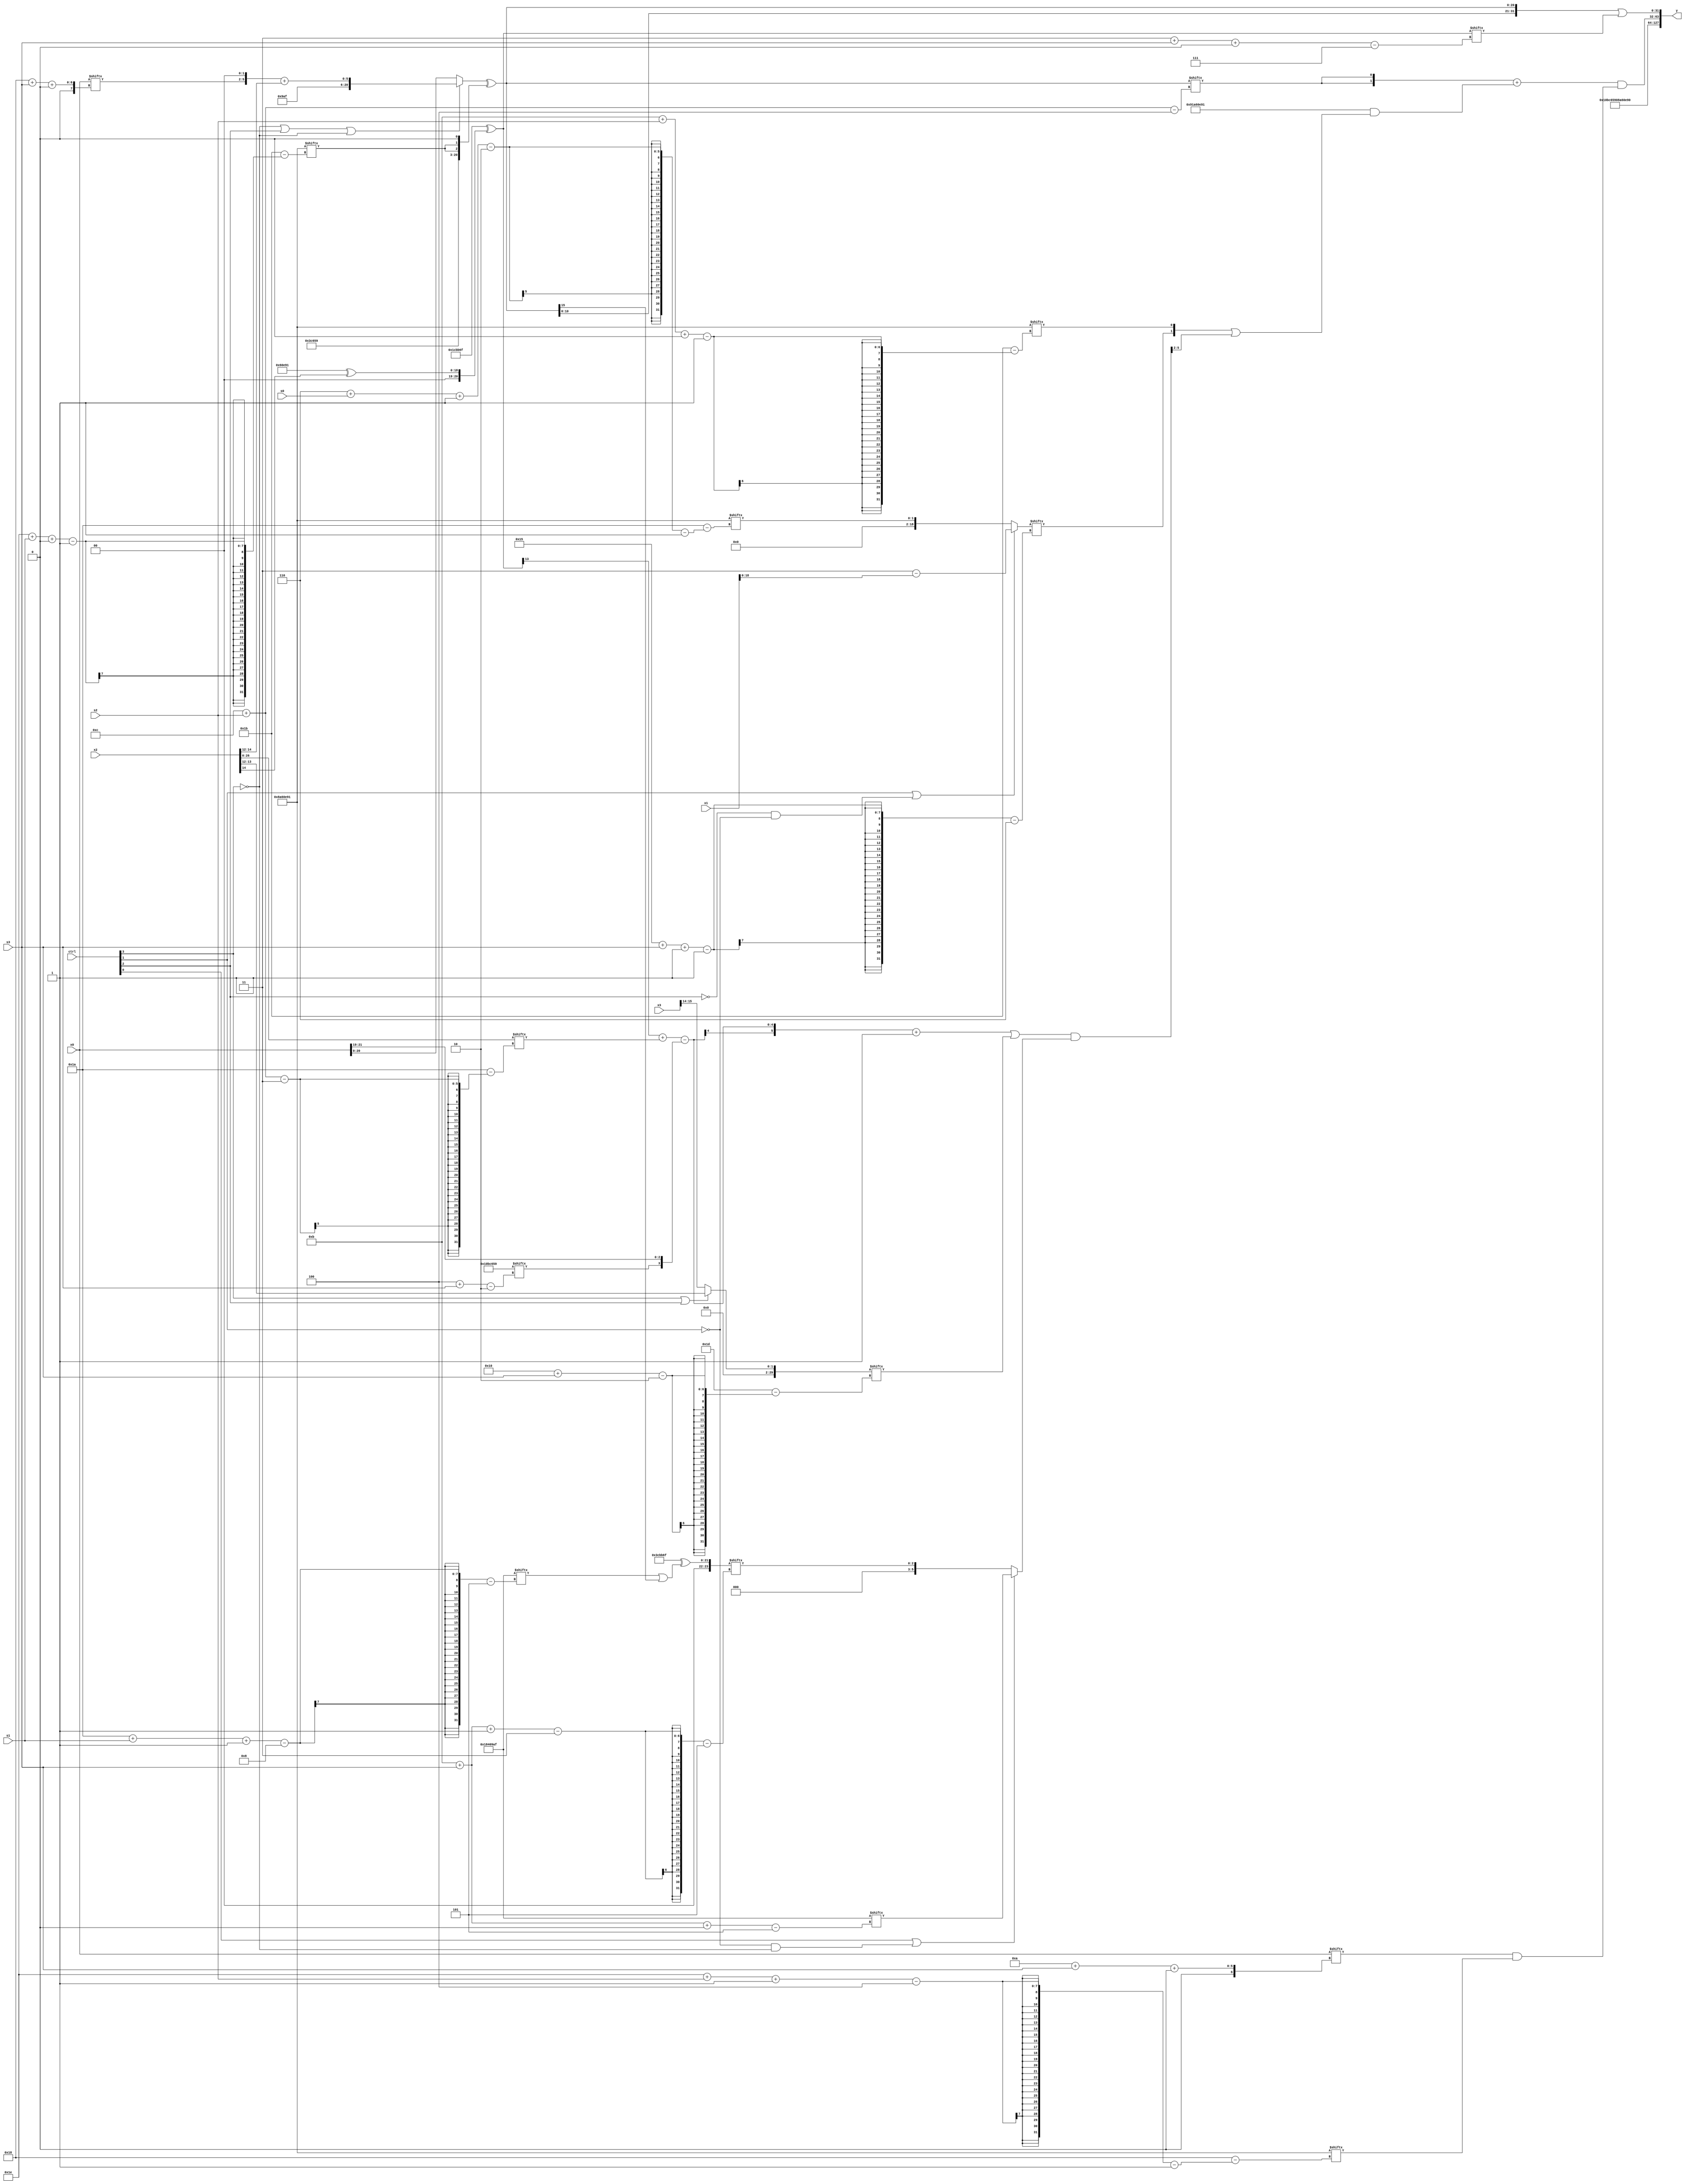
module partsel_00575(ctrl, s0, s1, s2, s3, x0, x1, x2, x3, y);
  input [3:0] ctrl;
  input [2:0] s0;
  input [2:0] s1;
  input [2:0] s2;
  input [2:0] s3;
  input signed [31:0] x0;
  input signed [31:0] x1;
  input signed [31:0] x2;
  input [31:0] x3;
  wire [24:4] x4;
  wire signed [28:5] x5;
  wire signed [4:30] x6;
  wire signed [3:29] x7;
  wire signed [3:29] x8;
  wire [27:7] x9;
  wire [5:30] x10;
  wire [28:5] x11;
  wire signed [2:31] x12;
  wire [27:6] x13;
  wire signed [24:6] x14;
  wire [24:6] x15;
  output [127:0] y;
  wire [31:0] y0;
  wire signed [31:0] y1;
  wire signed [31:0] y2;
  wire signed [31:0] y3;
  assign y = {y0,y1,y2,y3};
  localparam [26:2] p0 = 789300825;
  localparam [5:26] p1 = 381467503;
  localparam signed [29:5] p2 = 360974767;
  localparam [1:28] p3 = 950406801;
  assign x4 = ((!ctrl[3] || ctrl[2] || !ctrl[3] ? {{{2{(p2 ^ x3[17 -: 3])}}, p2}, ({x0[24 + s3 +: 4], p2[19 +: 2]} + x2[12 +: 3])} : x0) ^ {{p0, {2{p3[30 + s1 +: 1]}}}, p3[15]});
  assign x5 = (p1 ^ (p2[26 + s1 -: 8] | x4[19 +: 1]));
  assign x6 = (x1[10 + s1 +: 5] - ((ctrl[0] && !ctrl[1] && ctrl[2] ? ({2{(p3[12 + s1 -: 6] ^ p0[22 + s3 -: 2])}} ^ (p0[11 + s3] & (p0 + p0[19 + s3 -: 4]))) : ((p1[20 -: 4] | p3[21]) + p3[4 + s0 +: 6])) & p3));
  assign x7 = p3[13 +: 2];
  assign x8 = x2;
  assign x9 = (p1 ^ (p3 ^ x2[14]));
  assign x10 = p3[27 + s1 -: 5];
  assign x11 = p3;
  assign x12 = (ctrl[3] || ctrl[2] && ctrl[2] ? x2[12 +: 2] : x3[15 -: 2]);
  assign x13 = p1[15 +: 4];
  assign x14 = (ctrl[1] || !ctrl[2] && !ctrl[1] ? {p2[11], {((x8[14 -: 3] & (p3[18] | (p0 + p2[18]))) ^ x6[11]), ({p3[19], p3[18]} - x1)}} : p3[6 + s0 -: 2]);
  assign x15 = (((((x9[20] + x8[12 + s2]) - {p0[4 + s3], x0[19 +: 3]}) + p3[14 +: 4]) | x12[16 + s3]) & (ctrl[0] || !ctrl[1] && !ctrl[3] ? {2{{2{p2[11 + s3 +: 8]}}}} : x5[11 + s3 -: 3]));
  assign y0 = p0;
  assign y1 = p3;
  assign y2 = (({2{x4[12 + s2]}} + ({2{x11}} & ({x14[21 + s3 -: 1], p3[11 + s2 +: 1]} | x15[8 +: 4]))) & (x0[10 + s3 +: 2] & p3[30 + s2 -: 4]));
  assign y3 = ({2{x4}} | x9[3 + s3 +: 3]);
endmodule